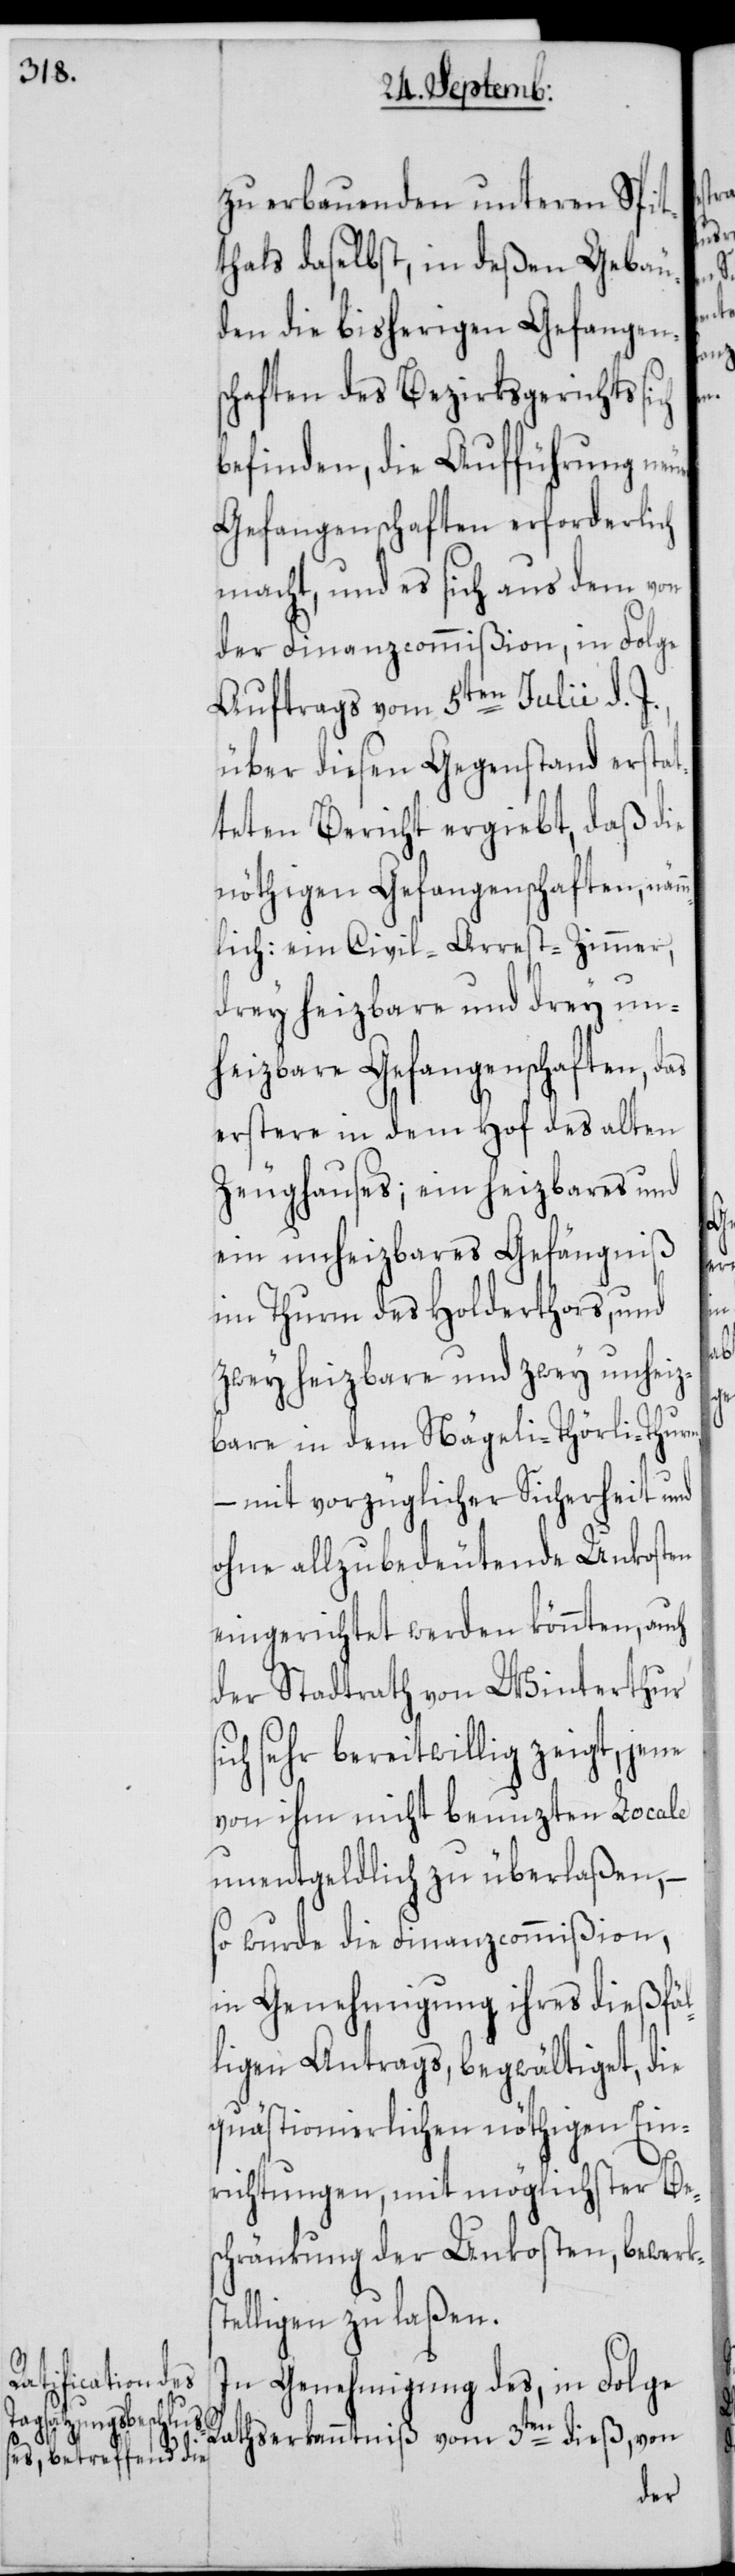
nschaften, das

zu erbauenden unteren Spit¬
thals daselbst, in deßen Gebäu¬
den die bisherigen Gefangens¬
chaften des Bezirksgerichts
befinden, die Aufführung ne¬
Gefangenschaften erforderlich
macht, und es sich aus dem von
der Finanzcommißion, in Folge
Auftrags vom 5ten Julii d.
über diesen Gegenstand
teten Bericht erg¬
nöthigen Gefangen¬
drey heizbare und
heizbare Gefange¬
erstere in dem Hof
Zeughauses; ein
ein unheizba¬
im Thurm des
zwey heizbare
bare in dem
– mit vorzüglich¬
ohne allzubedeut¬
eingerichtet werden
der Stadtrath von
ch sehr bereitwillig
von ihm nicht benuzten Locale
unentgeldlich zu überlaßen, –
so wurde die Finanzcommißion,
in Genehmigung ihres dießfäl¬
ligen Antrags begwältiget, die
quästionierlichen nöthigen Ein¬
richtungen, mit möglichster Bes¬
chränkung der Unkosten, bewerks¬
telligen zu laßen.
In Genehmigung des, in Folge
Rathserkanntniß vom 3ten dieß, von

si¬

ende

er